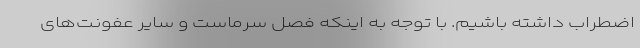
اضطراب داشته باشیم. با توجه به اینکه فصل سرماست و سایر عفونت‌های